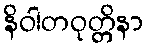
နိဝါတဝုတ္တိနာ